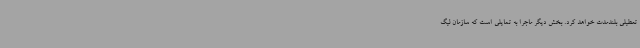
تعطیلی بلندمدت خواهد کرد. بخش دیگر ماجرا به تمایلی است که سازمان لیگ